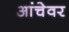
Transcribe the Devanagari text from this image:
आंचेवर